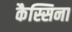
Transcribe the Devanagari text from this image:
कैस्सिना